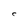
Character: C